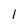
Character: l